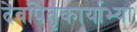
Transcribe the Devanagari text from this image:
देवपितृकार्याभ्यां